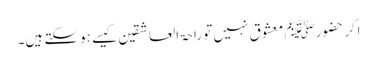
اگر حضورﷺ معشوق نہیں تو راحۃ العاشقین کیسے ہوسکتے ہیں۔